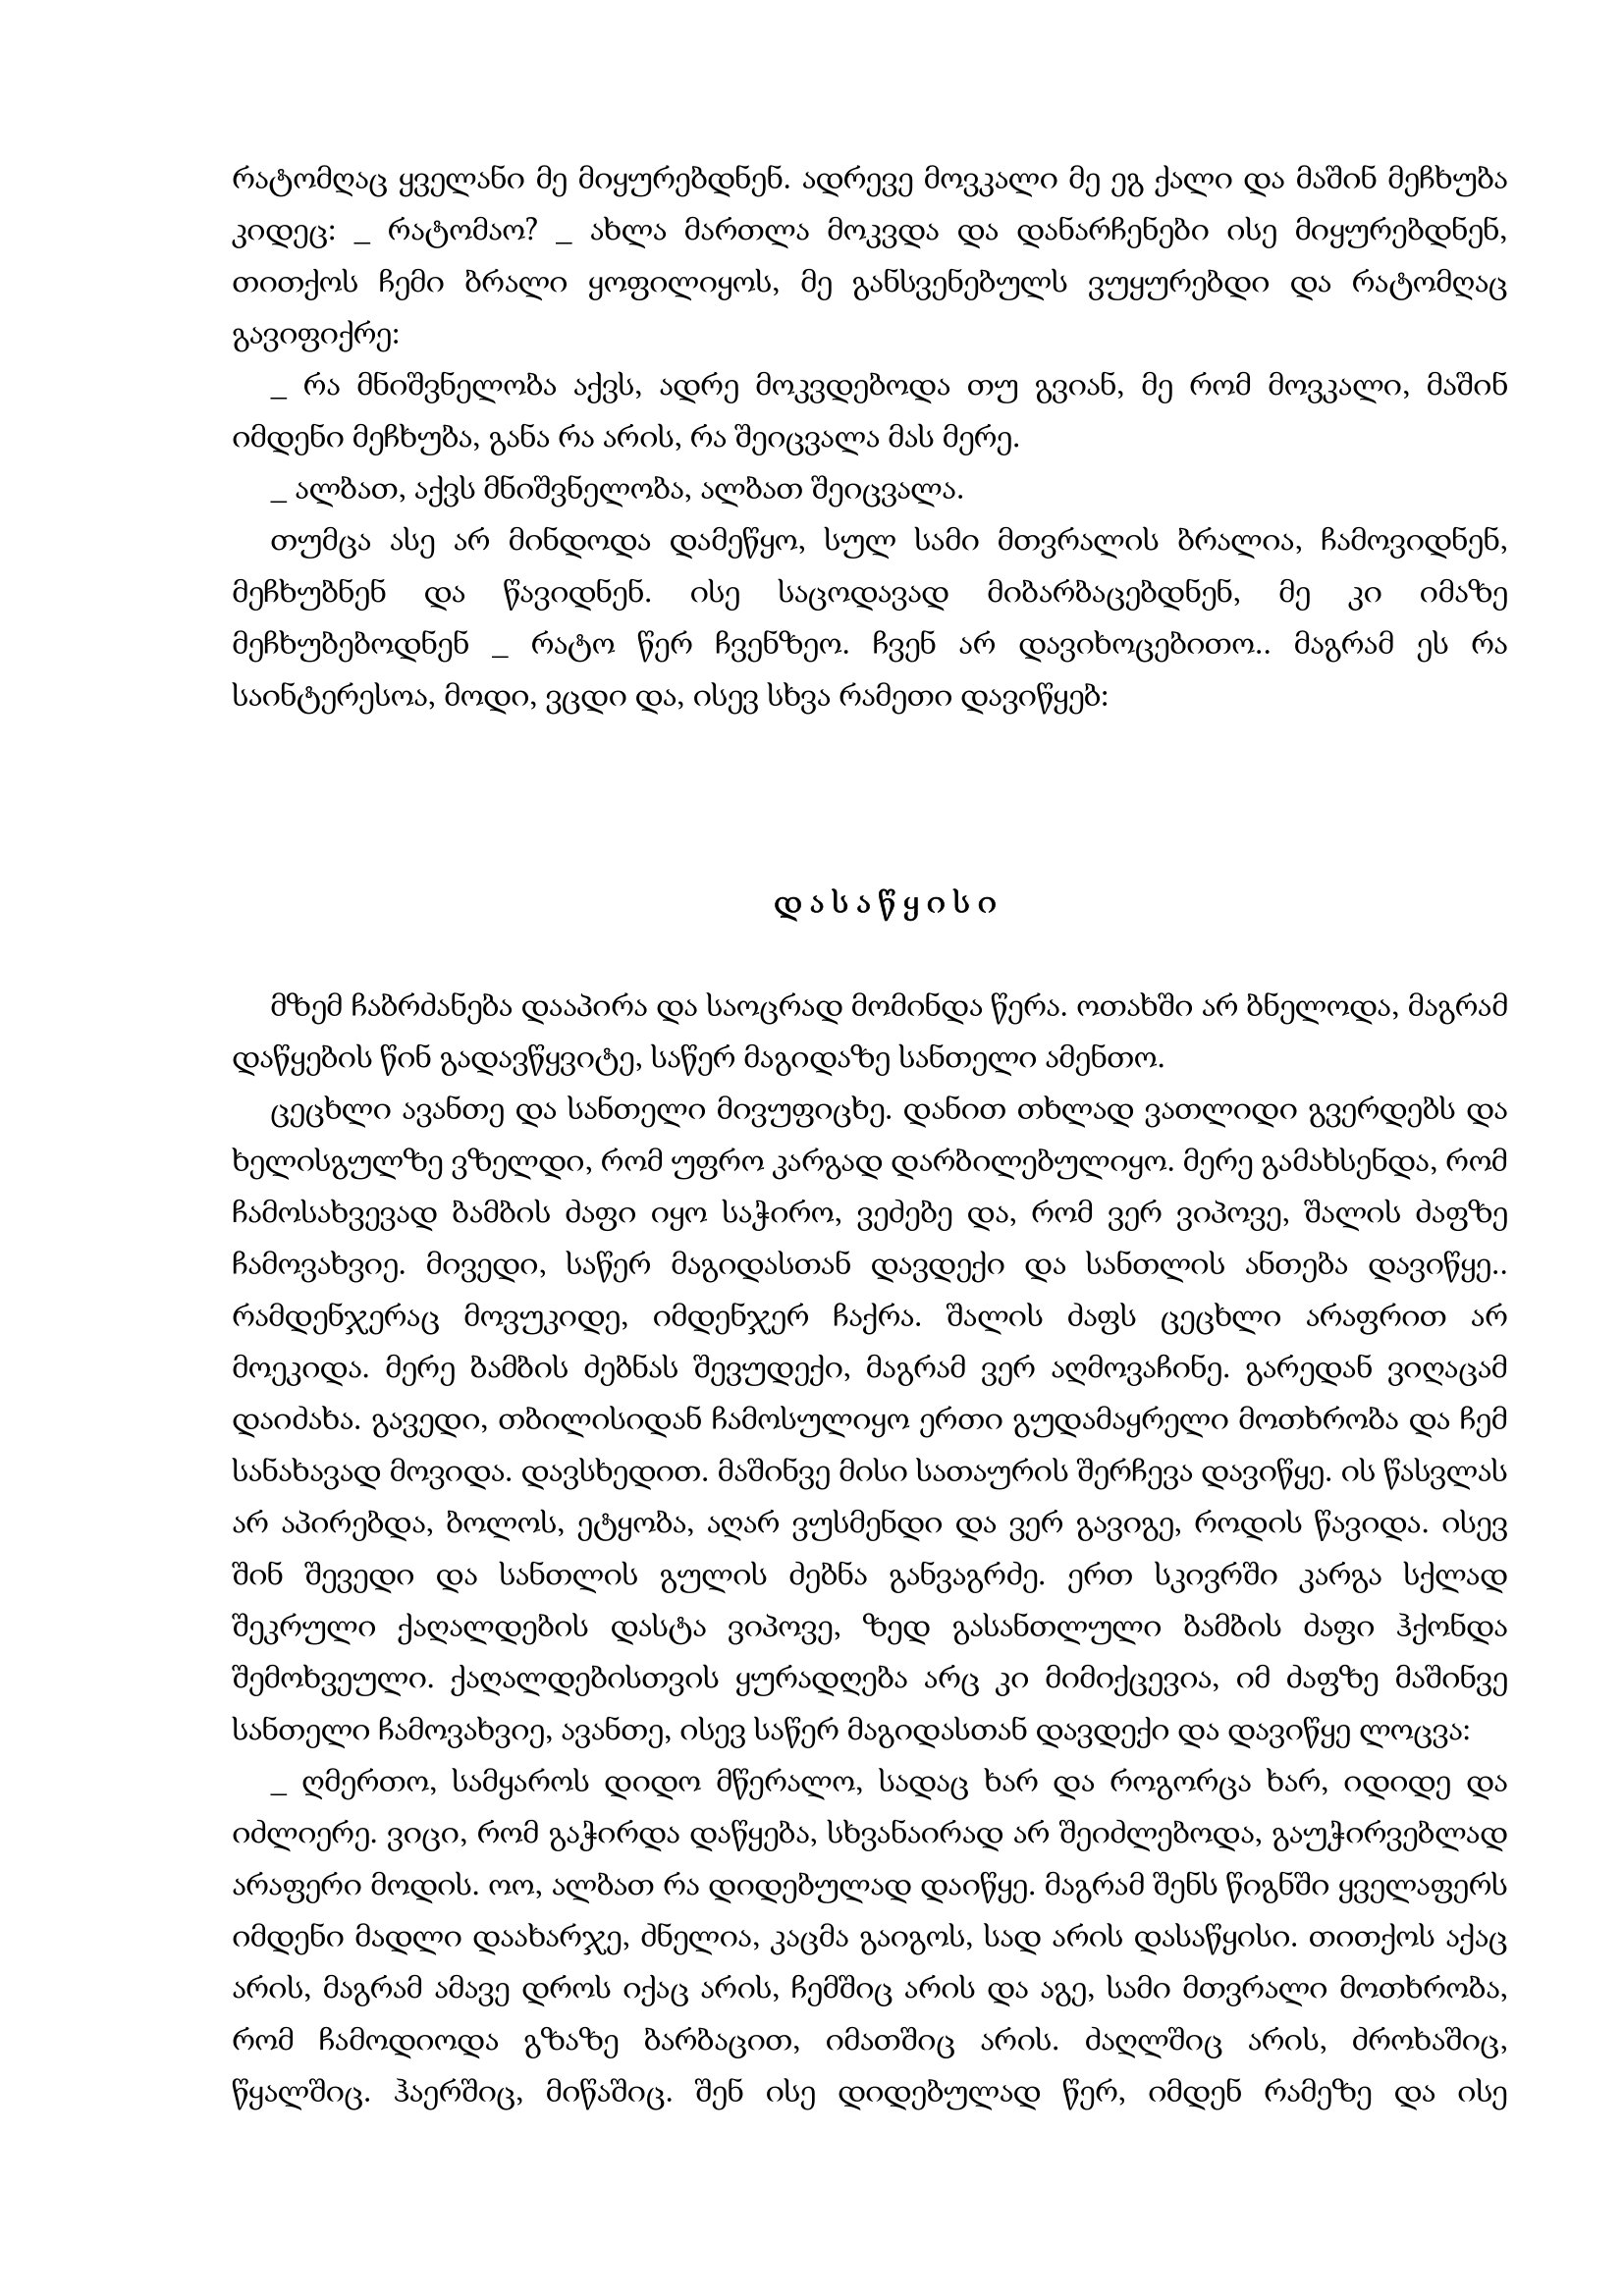
Language: gr